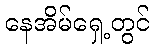
နေအိမ်ရှေ့တွင်